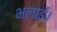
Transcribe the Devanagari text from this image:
भलाई।